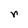
Character: r